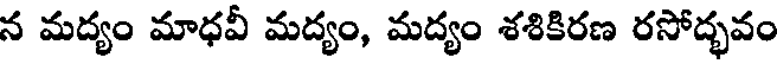
న మద్యం మాధవీ మద్యం, మద్యం శశికిరణ రసోద్భవం